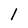
Character: 1